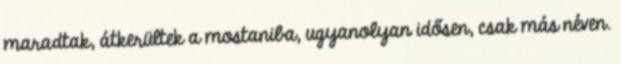
maradtak, átkerültek a mostaniba, ugyanolyan idősen, csak más néven.